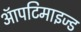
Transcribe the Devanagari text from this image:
ऑपटिमाइज्ड